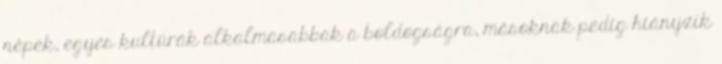
népek, egyes kultúrák alkalmasabbak a boldogságra, másoknak pedig hiányzik